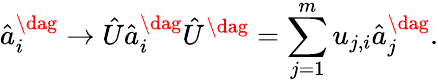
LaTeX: \hat{a}_{i}^{\dag}\rightarrow\hat{U}\hat{a}_{i}^{\dag}\hat{U}^{\dag}=\sum_{j=1}^{m}u_{j,i}\hat{a}_{j}^{\dag}.